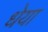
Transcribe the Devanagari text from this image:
धेया